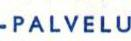
-PALVELU